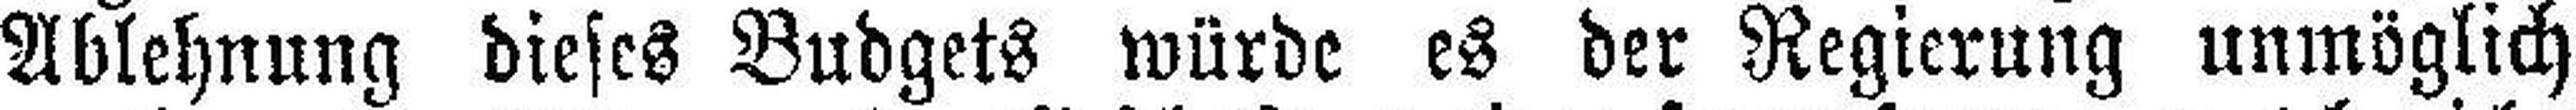
Ablehnung dieses Budgets würde es der Regierung unmöglich